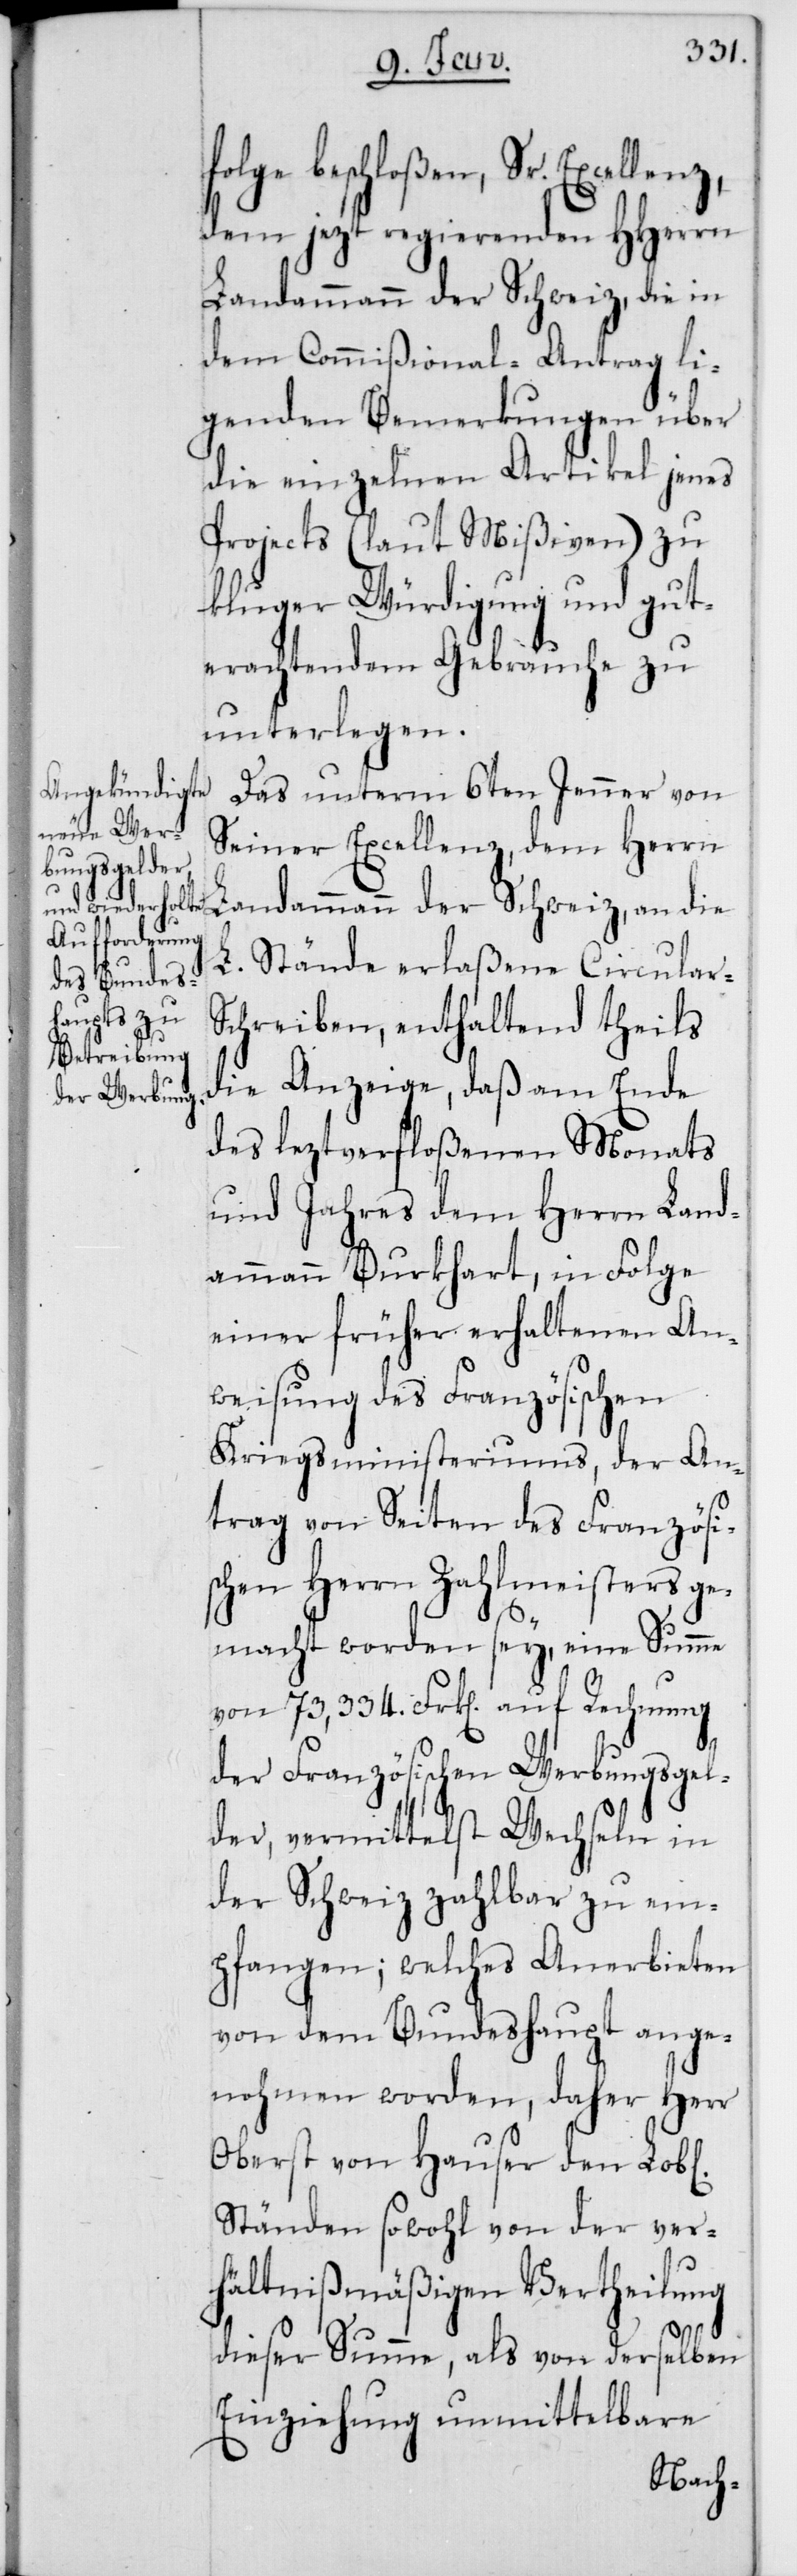
l[ichen]

folge beschloßen, Sr. Excellenz,
dem jezt regierenden HHerren
Landammann der Schweiz, die in
dem Commißional-Antrag li¬
genden Bemerkungen über
die einzelnen Artikel jenes
Projects (laut Mißiven) zu
kluger Würdigung und gut¬
erachtendem Gebrauche zu
unterlegen.
Das unterm 6ten Jenner von
Seiner Excellenz, dem Herrn
Landammann der Schweiz, an die
L. Stände erlaßene Circular-S¬
chreiben, enthalten theils
die Anzeige, daß am Ende
des leztverfloßenen Monats
und Jahres dem Herrn Land¬
ammann Burkhart, in Folge
einer früher erhaltenen An¬
weisung des Französischen
Kriegsministeriums, der An¬
trag von Seiten des Französis¬
chen Herrn Zahlmeisters ge¬
macht worden sey, eine Summe
von 73,334. Frk[en] auf Rechnung
der Französischen Werbungsgel¬
der, vermittelst Wechseln in
der Schweiz zahlbar zu em¬
pfangen; welches Anerbieten
von dem Bundeshaupt ange¬
nohmen worden, daher Herr
Oberst von Hauser den Lob¬
Ständen sowohl von der ver¬
hältnißmäßigen Vertheilung
dieser Summe, als von derselben
Einziehung unmittelbare